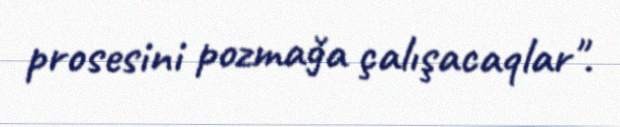
prosesini pozmağa çalışacaqlar".